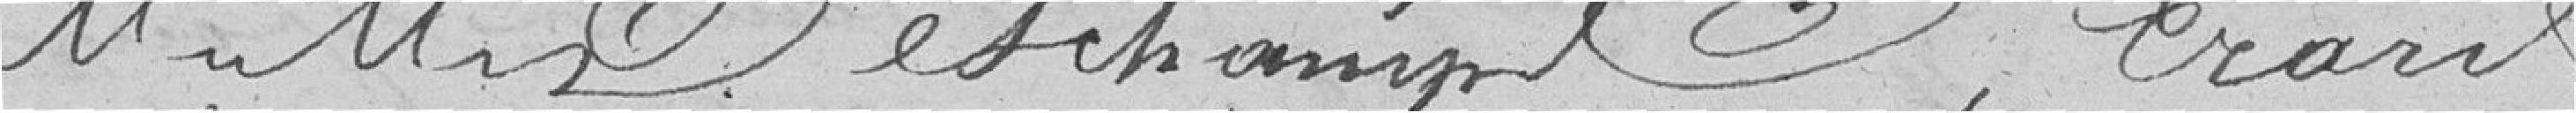
M. M. Eschampt, Erard